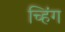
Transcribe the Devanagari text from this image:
च्हिंग